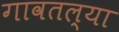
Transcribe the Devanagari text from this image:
गावतल्या